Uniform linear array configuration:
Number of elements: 8
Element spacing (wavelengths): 1
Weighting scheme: blackman
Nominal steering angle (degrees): -15
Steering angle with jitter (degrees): -13.834
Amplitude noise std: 0.05
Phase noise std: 0.05

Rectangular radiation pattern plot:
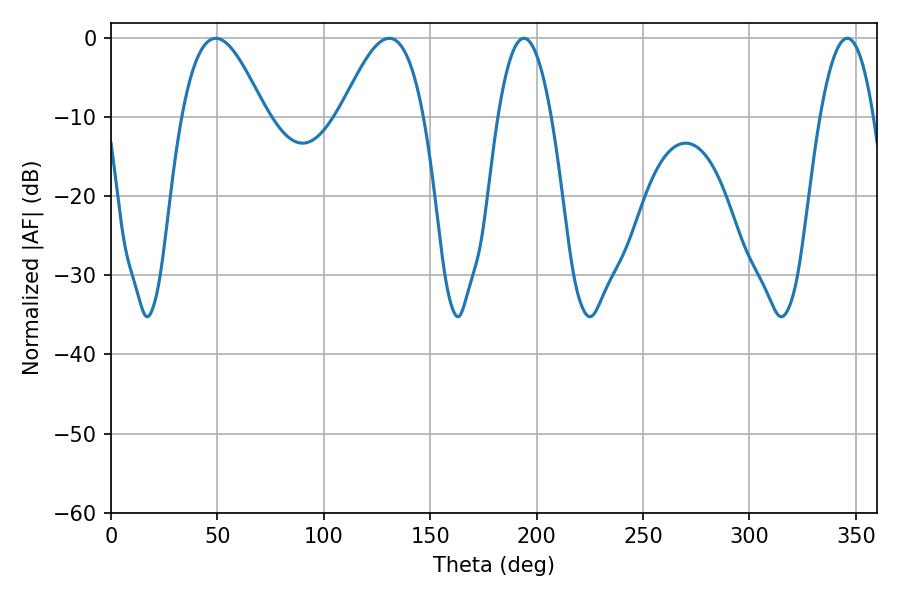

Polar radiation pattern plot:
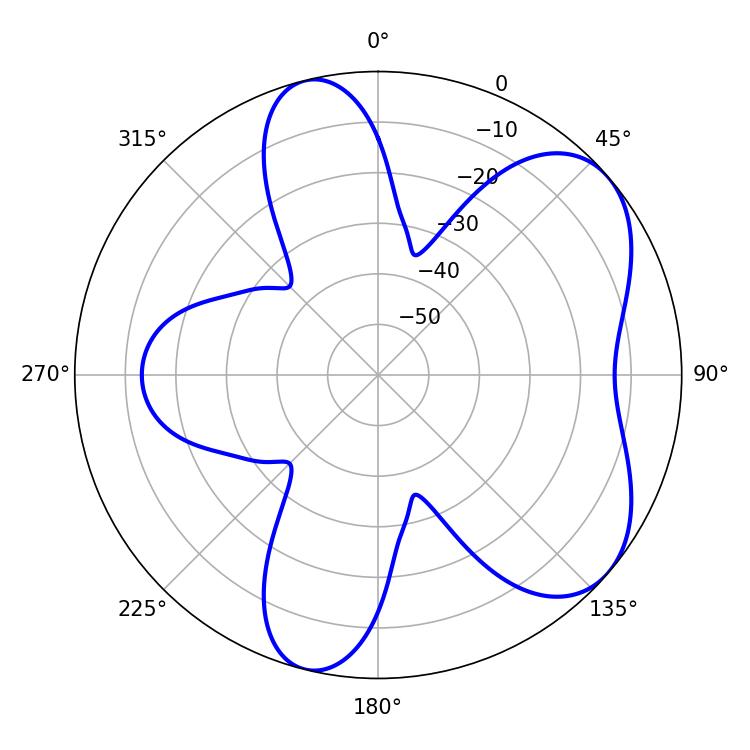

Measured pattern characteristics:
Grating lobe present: TRUE
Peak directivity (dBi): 6.017
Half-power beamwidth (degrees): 13.86
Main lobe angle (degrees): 194.04